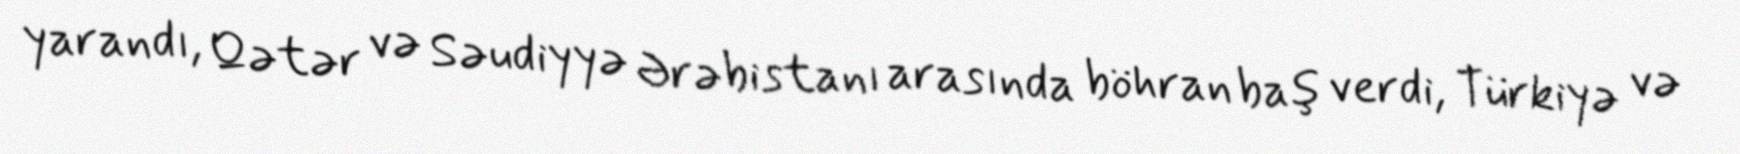
yarandı, Qətər və Səudiyyə Ərəbistanı arasında böhran baş verdi, Türkiyə və